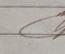
Signature authenticity: genuine